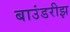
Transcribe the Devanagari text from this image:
बाउंडरीझ